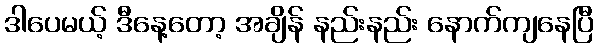
ဒါပေမယ့် ဒီနေ့တော့ အချိန် နည်းနည်း နောက်ကျနေပြီ